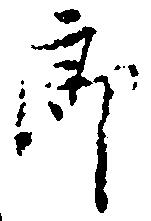
郎